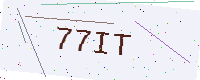
Text: 77IT